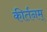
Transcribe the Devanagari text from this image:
कीर्तनम्